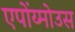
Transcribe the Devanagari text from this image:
एपोंय्मोउस